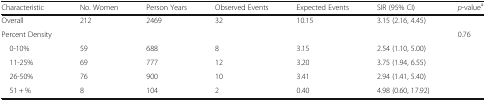
<table><thead><tr><td><b>Characteristic</b></td><td><b>No. Women</b></td><td><b>Person Years</b></td><td><b>Observed Events</b></td><td><b>Expected Events</b></td><td><b>SIR (95% CI)</b></td><td><b><i>p</i>-value<sup>a</sup></b></td></tr></thead><tbody><tr><td>Overall</td><td>212</td><td>2469</td><td>32</td><td>10.15</td><td>3.15 (2.16, 4.45)</td><td></td></tr><tr><td>Percent Density</td><td></td><td></td><td></td><td></td><td></td><td>0.76</td></tr><tr><td> 0-10%</td><td>59</td><td>688</td><td>8</td><td>3.15</td><td>2.54 (1.10, 5.00)</td><td></td></tr><tr><td> 11-25%</td><td>69</td><td>777</td><td>12</td><td>3.20</td><td>3.75 (1.94, 6.55)</td><td></td></tr><tr><td> 26-50%</td><td>76</td><td>900</td><td>10</td><td>3.41</td><td>2.94 (1.41, 5.40)</td><td></td></tr><tr><td> 51 + %</td><td>8</td><td>104</td><td>2</td><td>0.40</td><td>4.98 (0.60, 17.92)</td><td></td></tr></tbody></table>